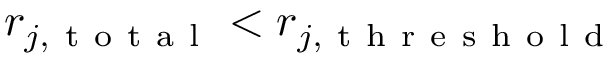
r _ { j , \mathrm { ~ t ~ o ~ t ~ a ~ l ~ } } < r _ { j , \mathrm { ~ t ~ h ~ r ~ e ~ s ~ h ~ o ~ l ~ d ~ } }